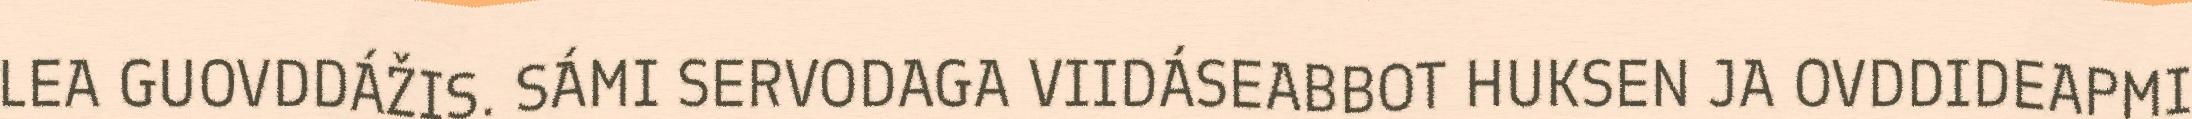
LEA GUOVDDÁŽIS. SÁMI SERVODAGA VIIDÁSEABBOT HUKSEN JA OVDDIDEAPMI